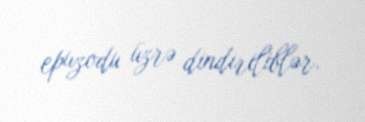
epuzodu üzrə dindiriliblər.